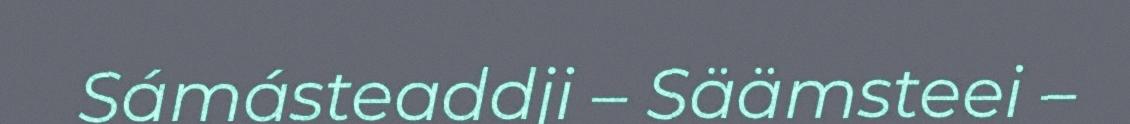
Sámásteaddji – Säämsteei –